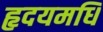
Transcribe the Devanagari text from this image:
हृदयमधि